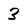
Character: 3